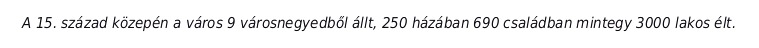
A 15. század közepén a város 9 városnegyedből állt, 250 házában 690 családban mintegy 3000 lakos élt.